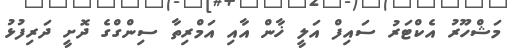
މަޝްހޫރު އެކްޓަރު ސައިފް އަލީ ޚާން އާއި އަމްރިތާ ސިންގްގެ ދޮށީ ދަރިފުޅު